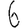
Digit: 6